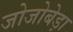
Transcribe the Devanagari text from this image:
जोजोबेड़ा